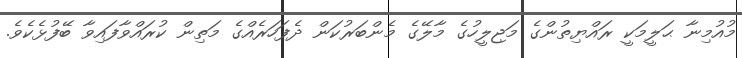
މުއުމިނާ ޙަލީމަކީ ރައްޔިތުންގެ މަޖިލީހުގެ މާލޭގެ މެންބަރުކަން ދެފަހަރެއްގެ މަތިން ކުރައްވާފައިވާ ބޭފުޅެކެވެ.